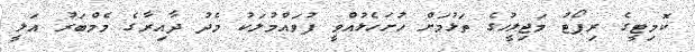
ކޮމިޓީގެ ރިޕޯޓު މަޖިލީހުގެ ތަޅުމަށް ހުށަހެޅުއްވީ ފުވައްމުލަކު މެދު ދާއިރާގެ މެމްބަރު އަލީ